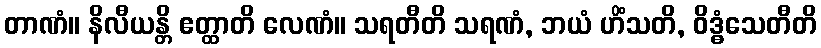
တာဏံ။ နိလီယန္တိ ဧတ္ထာတိ လေဏံ။ သရတီတိ သရဏံ, ဘယံ ဟိံသတိ, ဝိဒ္ဓံသေတီတိ